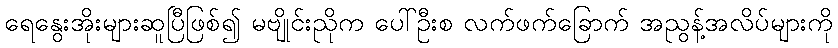
ရေနွေးအိုးများဆူပြီဖြစ်၍ မဗျိုင်းညိုက ပေါ်ဦးစ လက်ဖက်ခြောက် အညွန့်အလိပ်များကို